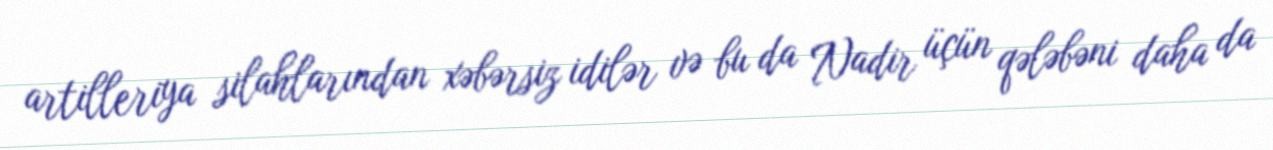
artilleriya silahlarından xəbərsiz idilər və bu da Nadir üçün qələbəni daha da